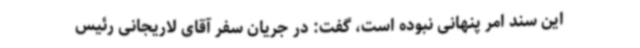
این سند امر پنهانی نبوده است، گفت: در جریان سفر آقای لاریجانی رئیس